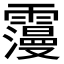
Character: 𩆓